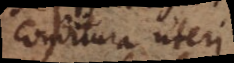
conditura uteri.